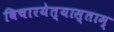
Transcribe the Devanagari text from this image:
विचारयेत्यास्ताम्